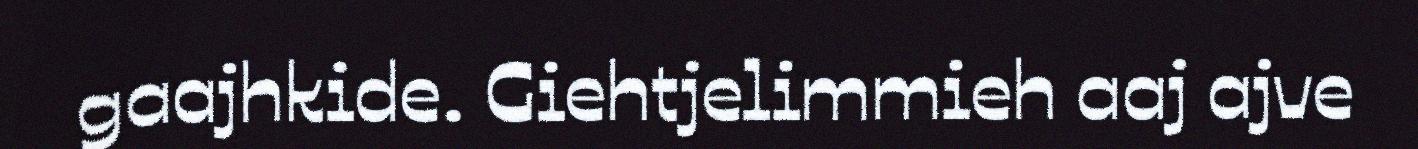
gaajhkide. Giehtjelimmieh aaj ajve